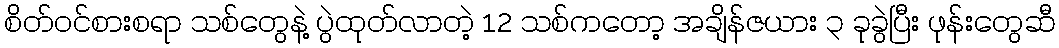
စိတ်ဝင်စားစရာ သစ်တွေနဲ့ ပွဲထုတ်လာတဲ့ 12 သစ်ကတော့ အချိန်ဇယား ၃ ခုခွဲပြီး ဖုန်းတွေဆီ